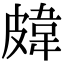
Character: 𥀊